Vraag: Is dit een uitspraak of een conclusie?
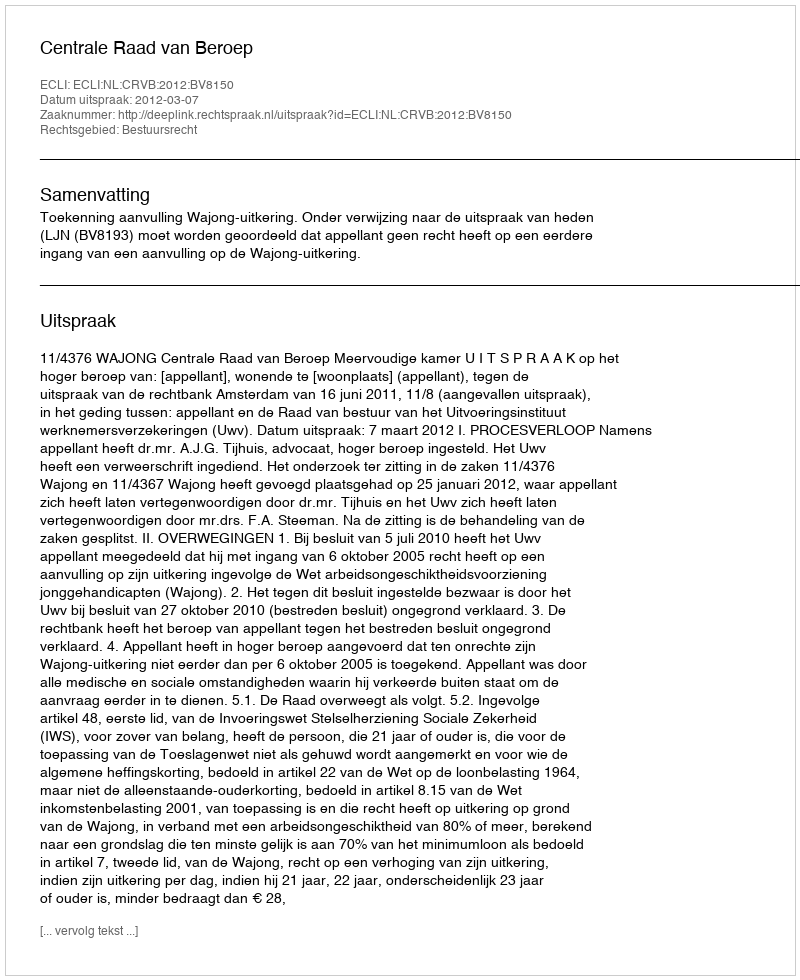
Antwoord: Uitspraak